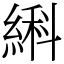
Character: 䌀